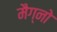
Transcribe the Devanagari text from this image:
मैग्नो